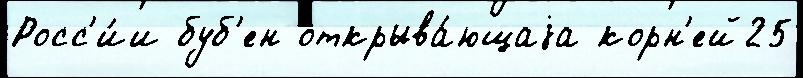
Росс'и́и буб'ен открыва́ющаjа корн'ей25